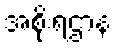
အစိုးရဌာန